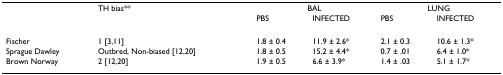
<table><thead><tr><td></td><td><b>TH bias**</b></td><td colspan="2"><b>BAL</b></td><td colspan="2"><b>LUNG</b></td></tr><tr><td></td><td></td><td><b>PBS</b></td><td><b>INFECTED</b></td><td><b>PBS</b></td><td><b>INFECTED</b></td></tr></thead><tbody><tr><td>Fischer</td><td>1 [3,11]</td><td>1.8 ± 0.4</td><td>11.9 ± 2.6*</td><td>2.1 ± 0.3</td><td>10.6 ± 1.3*</td></tr><tr><td>Sprague Dawley</td><td>Outbred, Non-biased [12,20]</td><td>1.8 ± 0.5</td><td>15.2 ± 4.4*</td><td>0.7 ± .01</td><td>6.4 ± 1.0*</td></tr><tr><td>Brown Norway</td><td>2 [12,20]</td><td>1.9 ± 0.5</td><td>6.6 ± 3.9*</td><td>1.4 ± .03</td><td>5.1 ± 1.7*</td></tr></tbody></table>